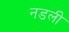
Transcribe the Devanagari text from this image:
नडली